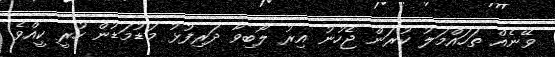
ވޭނެއް ތަހައްމަލު ކުރަން ޖެހުނު އިރު ލޯބިވާ ދަރިފުޅު މަޑުމަޑުން ހުރީ ކީއްވެ